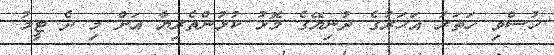
ހުސްވި ހަތަރު އަހަރުގެ ދުނިޔޭގެ މޮޅު ކުޅުންތެރިޔާ އަށް މި ދެ ޓީމު